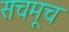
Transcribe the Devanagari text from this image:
सचमूच